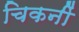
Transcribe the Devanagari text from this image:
चिकनीं